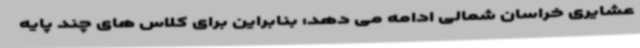
عشایری خراسان شمالی ادامه می دهد: بنابراین برای کلاس های چند پایه